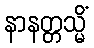
နာနတ္တသ္မိံ